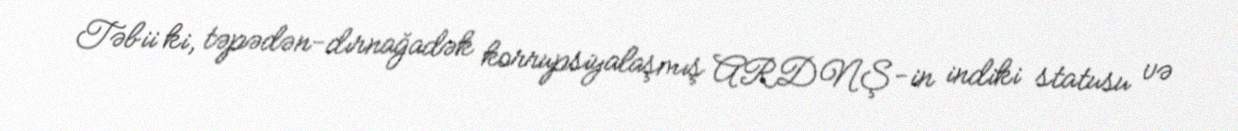
Təbii ki, təpədən-dırnağadək korrupsiyalaşmış ARDNŞ-in indiki statusu və